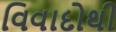
વિવાદોથી